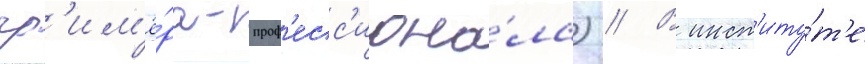
гр'им'ё́ра-проф'есс'иона́ла) // В инст'иту́т'е